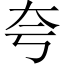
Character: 夸